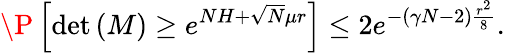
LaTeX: \P\left[\operatorname*{det}\left(M\right)\ge e^{NH+\sqrt{N}\mu r}\right]\le 2e^{-\left(\gamma N-2\right)\frac{r^{2}}{8}}.